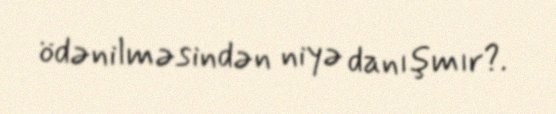
ödənilməsindən niyə danışmır?.